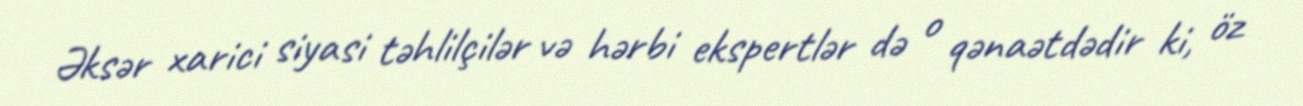
Əksər xarici siyasi təhlilçilər və hərbi ekspertlər də o qənaətdədir ki, öz